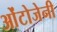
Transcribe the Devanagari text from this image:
ओंटोजेनी